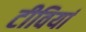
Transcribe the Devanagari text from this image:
टीवियां